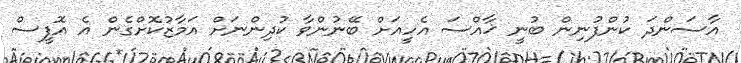
އާސަންދަ ކުންފުނިން ބުނީ ޚާއްސަ އެހީއަށް ބޭނުންވާ ކުދިންނަށް އަމާޒުކޮށްގެން އެ އޮފީސް